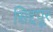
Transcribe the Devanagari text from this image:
सिद्दपूर